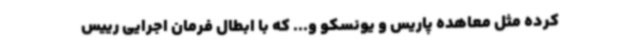
کرده مثل معاهده پاریس و یونسکو و... که با ابطال فرمان اجرایی رییس